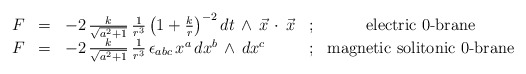
\begin{align*}\begin{array}{rclcc} F & = & -2 \, \frac{k}{\sqrt{a^2+1 }}\, \frac{1}{r^3} \left(1+\frac{k}{r}\right)^{-2} dt \, \wedge \, {\vec x} \, \cdot \, {\vec x} & ; & \mbox{electric $0$-brane} \\ { F} &=& - 2 \, \frac{k}{\sqrt {a^2+1}} \, \frac{1}{r^3} \, \epsilon_{abc} \, x^a \, dx^b \, \wedge \, dx^c & ; & \mbox{magnetic solitonic $0$-brane}\\\end{array}\end{align*}